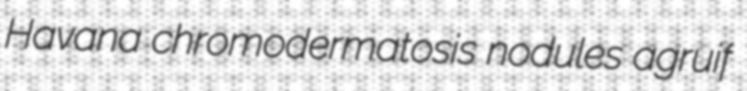
Havana chromodermatosis nodules agruif